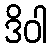
ဒိဝါ